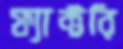
ফ্যাক্টরি